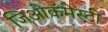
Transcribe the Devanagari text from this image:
जिओकॅमेस्ट्री